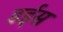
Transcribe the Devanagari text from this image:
डईस